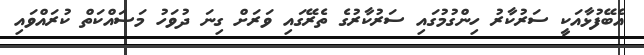
އެބޭފުޅާއަކީ ސަރުކާރު ހިންގުމުގައި ސަރުކާރުގެ ތެރޭގައި ވަރަށް ގިނަ ދުވަހު މަސައްކަތް ކުރައްވައި